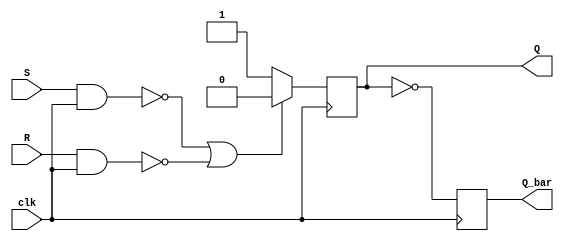
module sr_flip_flop (
    input S,       // Set input
    input R,       // Reset input
    input clk,     // Clock input
    output reg Q,  // Output Q
    output reg Q_bar // Output Q_bar
);

// Internal signals
wire nand1_out, nand2_out, nor_out;

// Implementing the SR flip-flop using NAND, NOR gates and inverters
assign nand1_out = ~(S & clk);
assign nand2_out = ~(R & clk);
assign nor_out = ~(nand1_out | nand2_out);

// D flip-flop triggered on the rising edge of the clock signal
always @(posedge clk) begin
    if (nor_out) begin
            Q <= 1'b1;
            Q_bar <= !Q;
    end
    else begin
            Q <= 1'b0;
            Q_bar <= !Q;
    end
end

endmodule